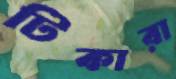
টিকারা